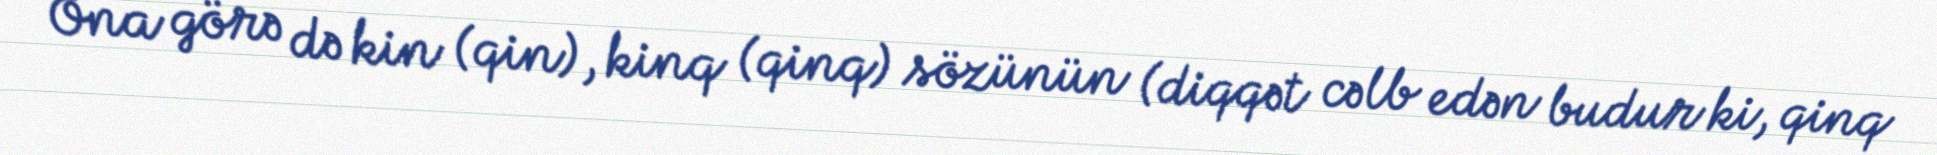
Ona görə də kin (qin), kinq (qinq) sözünün (diqqət cəlb edən budur ki, qinq